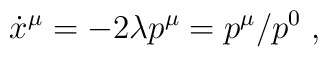
\dot x^\mu = - 2 \lambda p^\mu = p^\mu/p^0 \; ,